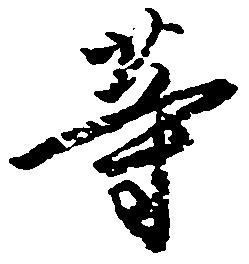
等